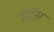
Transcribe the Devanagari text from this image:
इंट्रेस